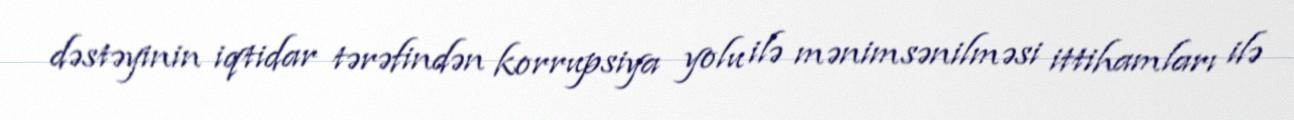
dəstəyinin iqtidar tərəfindən korrupsiya yolu ilə mənimsənilməsi ittihamları ilə